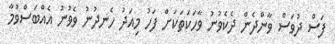
ފަސް ދުވަސް ވާންދެން ދެކެވުނު ވާހަކަތަކަށް ފަހު މިއަދު ހެނދުނު ވެވުނު އެއްބަސްވުމާ